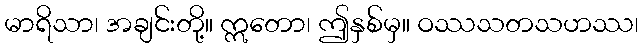
မာရိသာ၊ အချင်းတို့။ ဣတော၊ ဤနှစ်မှ။ ဝဿသတသဟဿ၊